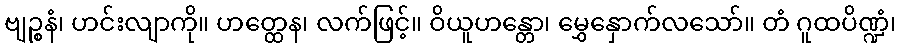
ဗျဉ္စနံ၊ ဟင်းလျာကို။ ဟတ္ထေန၊ လက်ဖြင့်။ ဝိယူဟန္တော၊ မွှေနှောက်လသော်။ တံ ဂူထပိဏ္ဍံ၊